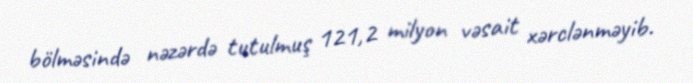
bölməsində nəzərdə tutulmuş 121,2 milyon vəsait xərclənməyib.